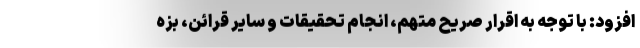
افزود: با توجه به اقرار صریح متهم، انجام تحقیقات و سایر قرائن، بزه